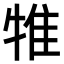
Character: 𤙵